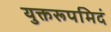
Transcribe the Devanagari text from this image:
युक्तरूपमिदं